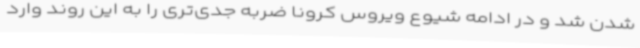
شدن شد و در ادامه شیوع ویروس کرونا ضربه جدی‌تری را به این روند وارد